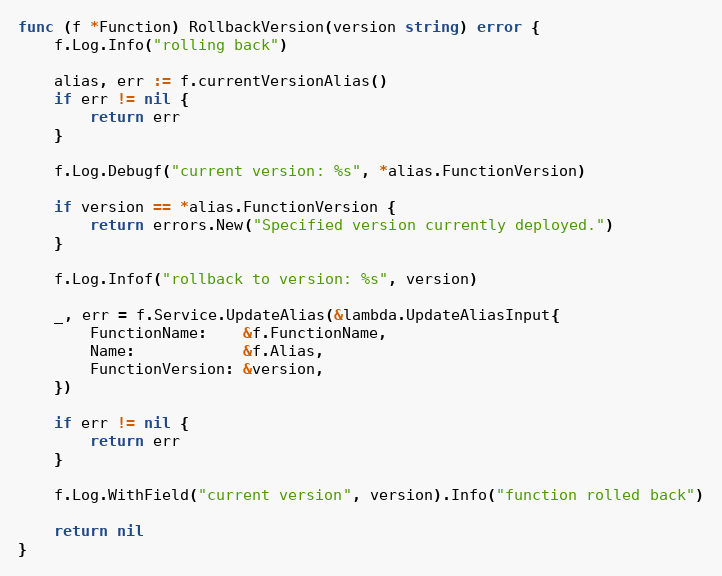
Language: Go
func (f *Function) RollbackVersion(version string) error {
	f.Log.Info("rolling back")

	alias, err := f.currentVersionAlias()
	if err != nil {
		return err
	}

	f.Log.Debugf("current version: %s", *alias.FunctionVersion)

	if version == *alias.FunctionVersion {
		return errors.New("Specified version currently deployed.")
	}

	f.Log.Infof("rollback to version: %s", version)

	_, err = f.Service.UpdateAlias(&lambda.UpdateAliasInput{
		FunctionName:    &f.FunctionName,
		Name:            &f.Alias,
		FunctionVersion: &version,
	})

	if err != nil {
		return err
	}

	f.Log.WithField("current version", version).Info("function rolled back")

	return nil
}